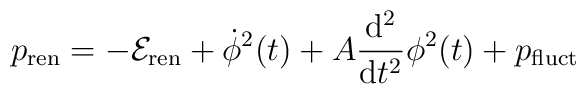
p_{\rm ren}=-{\cal E}_{\rm ren}+\dot\phi^2(t)+ A \frac{\rm d^2}{{\rm d}t^2}\phi^2(t) +p_{\rm fluct}